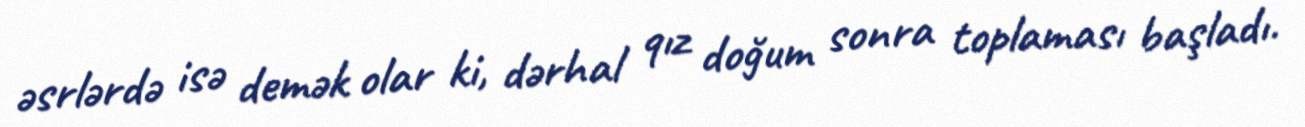
əsrlərdə isə demək olar ki, dərhal qız doğum sonra toplaması başladı.